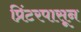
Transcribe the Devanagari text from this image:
प्रिंटरपासून